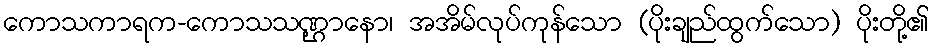
ကောသကာရက-ကောသသဏ္ဌာနော၊ အအိမ်လုပ်ကုန်သော (ပိုးချည်ထွက်သော) ပိုးတို့၏